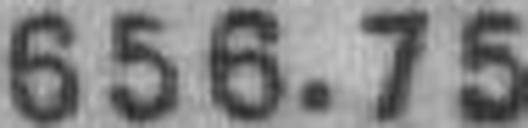
656.75